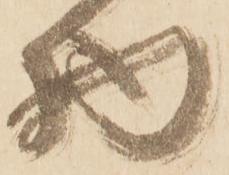
物